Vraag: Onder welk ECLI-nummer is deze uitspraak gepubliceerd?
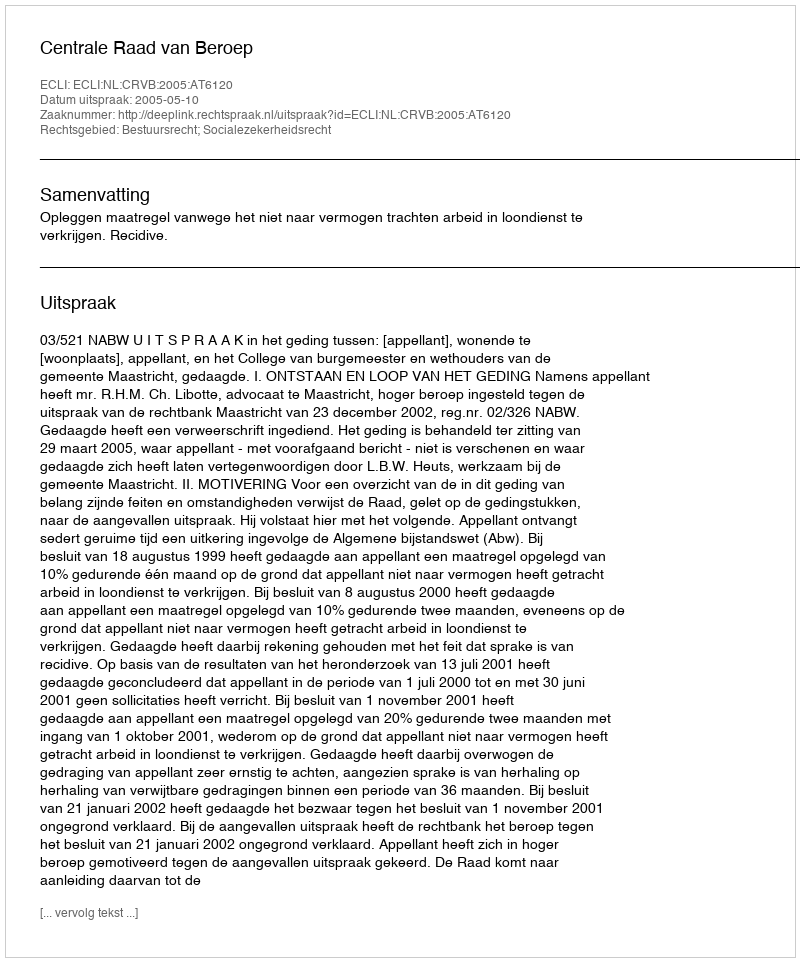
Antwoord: ECLI:NL:CRVB:2005:AT6120